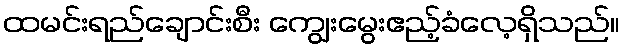
ထမင်းရည်ချောင်းစီး ကျွေးမွေးဧည့်ခံလေ့ရှိသည်။